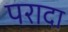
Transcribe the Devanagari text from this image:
परादा